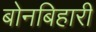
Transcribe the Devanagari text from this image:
बोनबिहारी